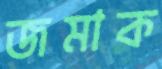
জমাক